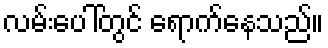
လမ်းပေါ်တွင် ရောက်နေသည်။